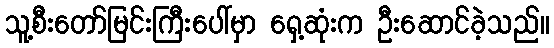
သူ့စီးတော်မြင်းကြီးပေါ်မှာ ရှေ့ဆုံးက ဦးဆောင်ခဲ့သည်။